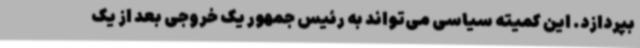
بپردازد. این کمیته سیاسی می‌تواند به رئیس جمهور یک خروجی بعد از یک